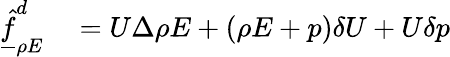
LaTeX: \begin{array}{rl}{\underline{{\hat{f}}}_{\rho E}^{d}}&{{}=U\Delta\rho E+(\rho E+p)\delta U+U\delta p}\end{array}